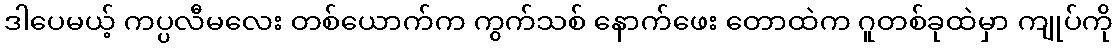
ဒါပေမယ့် ကပ္ပလီမလေး တစ်ယောက်က ကွက်သစ် နောက်ဖေး တောထဲက ဂူတစ်ခုထဲမှာ ကျုပ်ကို